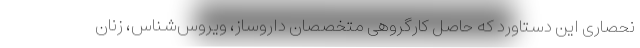
نحصاری این دستاورد که حاصل کارگروهی متخصصان داروساز، ویروس‌شناس، زنان